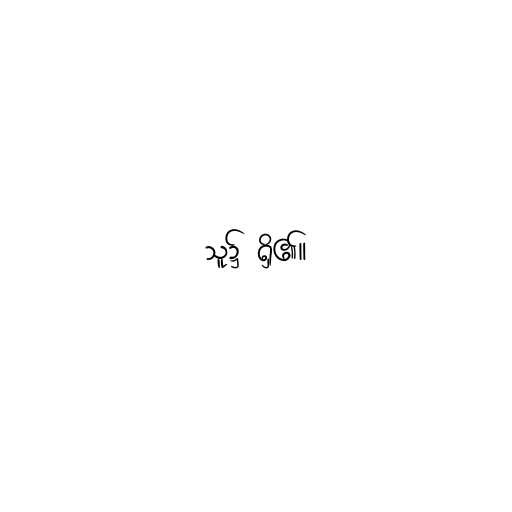
သူ၌ ရှိ၏။